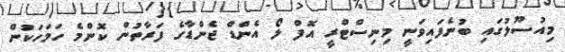
މިއުސޫލުގައި ބުނެފައިވަނީ މިނިސްޓްރީ އޮފް ލޯ އެންޑް ޖެންޑާގެ ފަރާތުން ކޮންމެ ހަމަހަކުން